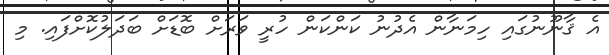
އެ ޤާނޫނުގައި ހިމަނާން އެދުނު ކަންކަން ހުރީ ވަރަށް ބޮޑަށް ބަދަލުކޮށްފައި. މި